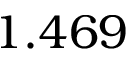
1 . 4 6 9